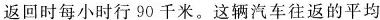
返回时每小时行90千米。这辆汽车往返的平均